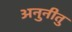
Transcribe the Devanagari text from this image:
अनुनीतु